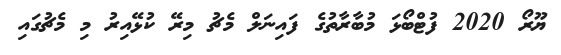
ޔޫރޯ 2020 ފުޓްބޯޅަ މުބާރާތުގެ ފައިނަލް މެޗު މިރޭ ކުޅޭއިރު މި މެޗުގައި